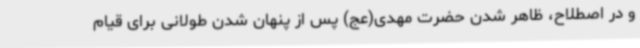
و در اصطلاح، ظاهر شدن حضرت مهدی(عج) پس از پنهان شدن طولانی برای قیام